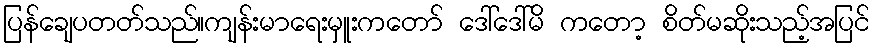
ပြန်ချေပတတ်သည်။ကျန်းမာရေးမှူးကတော် ဒေါ်ဒေါ်မိ ကတော့ စိတ်မဆိုးသည့်အပြင်